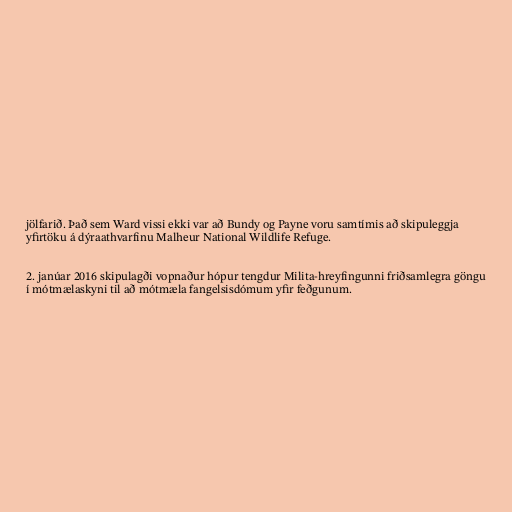
jölfarið. Það sem Ward vissi ekki var að Bundy og Payne voru samtímis að skipuleggja
yfirtöku á dýraathvarfinu Malheur National Wildlife Refuge.

2. janúar 2016 skipulagði vopnaður hópur tengdur Milita-hreyfingunni friðsamlegra göngu
í mótmælaskyni til að mótmæla fangelsisdómum yfir feðgunum.